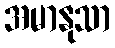
အမာနုသာ